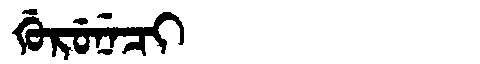
Manchu: ᡤᡠᡵᡠᠨᡝᠴᡳ
Romanization: GURUNECI